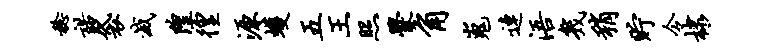
稔诺袋灭隍徨源蠖五王照爨角嵬连浯几稍贮令棣